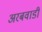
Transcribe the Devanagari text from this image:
अरबवाडी